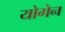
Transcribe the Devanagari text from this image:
योगेन